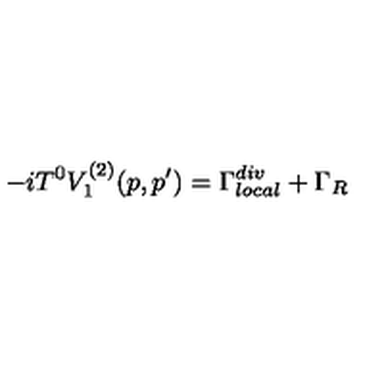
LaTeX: - i T ^ { 0 } V _ { 1 } ^ { ( 2 ) } ( p , p ^ { \prime } ) = \Gamma _ { l o c a l } ^ { d i v } + \Gamma _ { R }